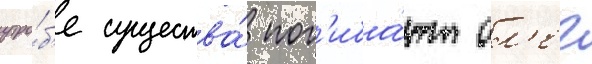
утро́б'е существа́ пог'иба́ют ол'ег